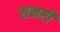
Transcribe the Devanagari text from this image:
समष्टी